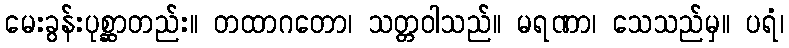
မေးခွန်းပုစ္ဆာတည်း။ တထာဂတော၊ သတ္တဝါသည်။ မရဏာ၊ သေသည်မှ။ ပရံ၊